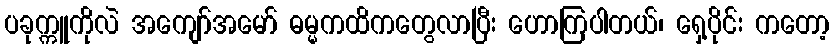
ပခုက္ကူကိုလဲ အကျော်အမော် ဓမ္မကထိကတွေလာပြီး ဟောကြပါတယ်၊ ရှေ့ပိုင်း ကတော့